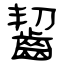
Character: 齧